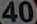
40)